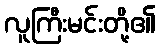
လူကြီးမင်းတို့၏